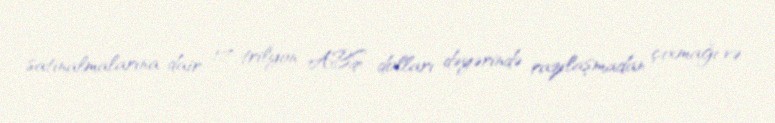
satınalmalarına dair 1,7 trilyon ABŞ dolları dəyərində razılaşmadan çıxmağı və